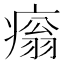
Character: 𤹗